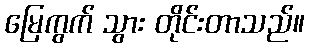
မြေကွက် သွား တိုင်းတာသည်။